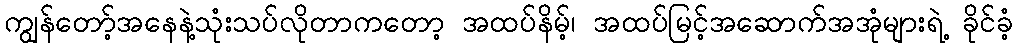
ကျွန်တော့်အနေနဲ့သုံးသပ်လိုတာကတော့ အထပ်နိမ့်၊ အထပ်မြင့်အဆောက်အအုံများရဲ့ ခိုင်ခံ့